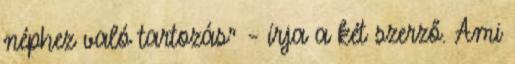
néphez való tartozás” – írja a két szerző. Ami